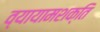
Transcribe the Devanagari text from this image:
व्यायामशक्ति